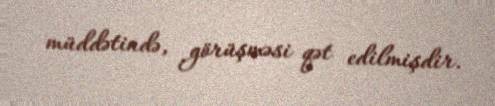
müddətində, görüşməsi qət edilmişdir.